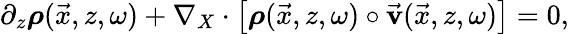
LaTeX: \begin{array}{r}{\partial_{z}\boldsymbol{\rho}(\vec{x},z,\omega)+\nabla_{X}\cdot\left[\boldsymbol{\rho}(\vec{x},z,\omega)\circ\vec{\mathbf v}(\vec{x},z,\omega)\right]=0,}\end{array}